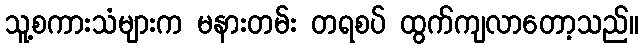
သူ့စကားသံများက မနားတမ်း တရစပ် ထွက်ကျလာတော့သည်။